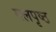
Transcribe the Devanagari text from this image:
मलपृष्ठ